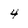
Character: 4